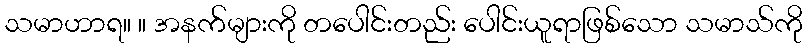
သမာဟာရ။ ။ အနက်များကို တပေါင်းတည်း ပေါင်းယူရာဖြစ်သော သမာသ်ကို